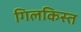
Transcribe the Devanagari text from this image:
गिलकिस्त